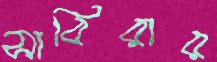
সাবিরার